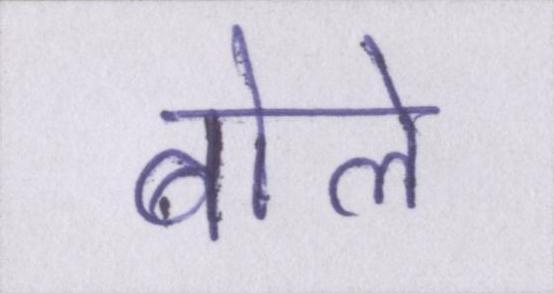
बोले